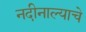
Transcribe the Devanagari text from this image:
नदीनाल्याचे